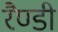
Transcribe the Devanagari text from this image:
रैण्डी